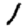
Digit: 1